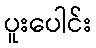
ပူးပေါင်း